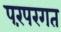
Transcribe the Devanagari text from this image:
परंपरगत